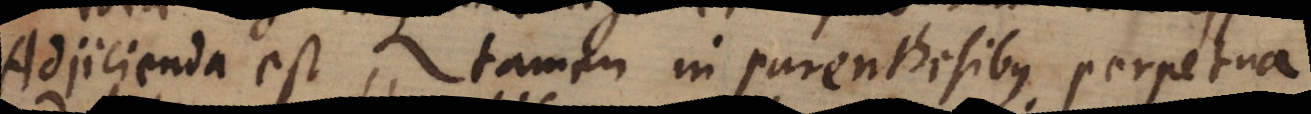
Adjicienda est tamen in parenthesibus, perpetua